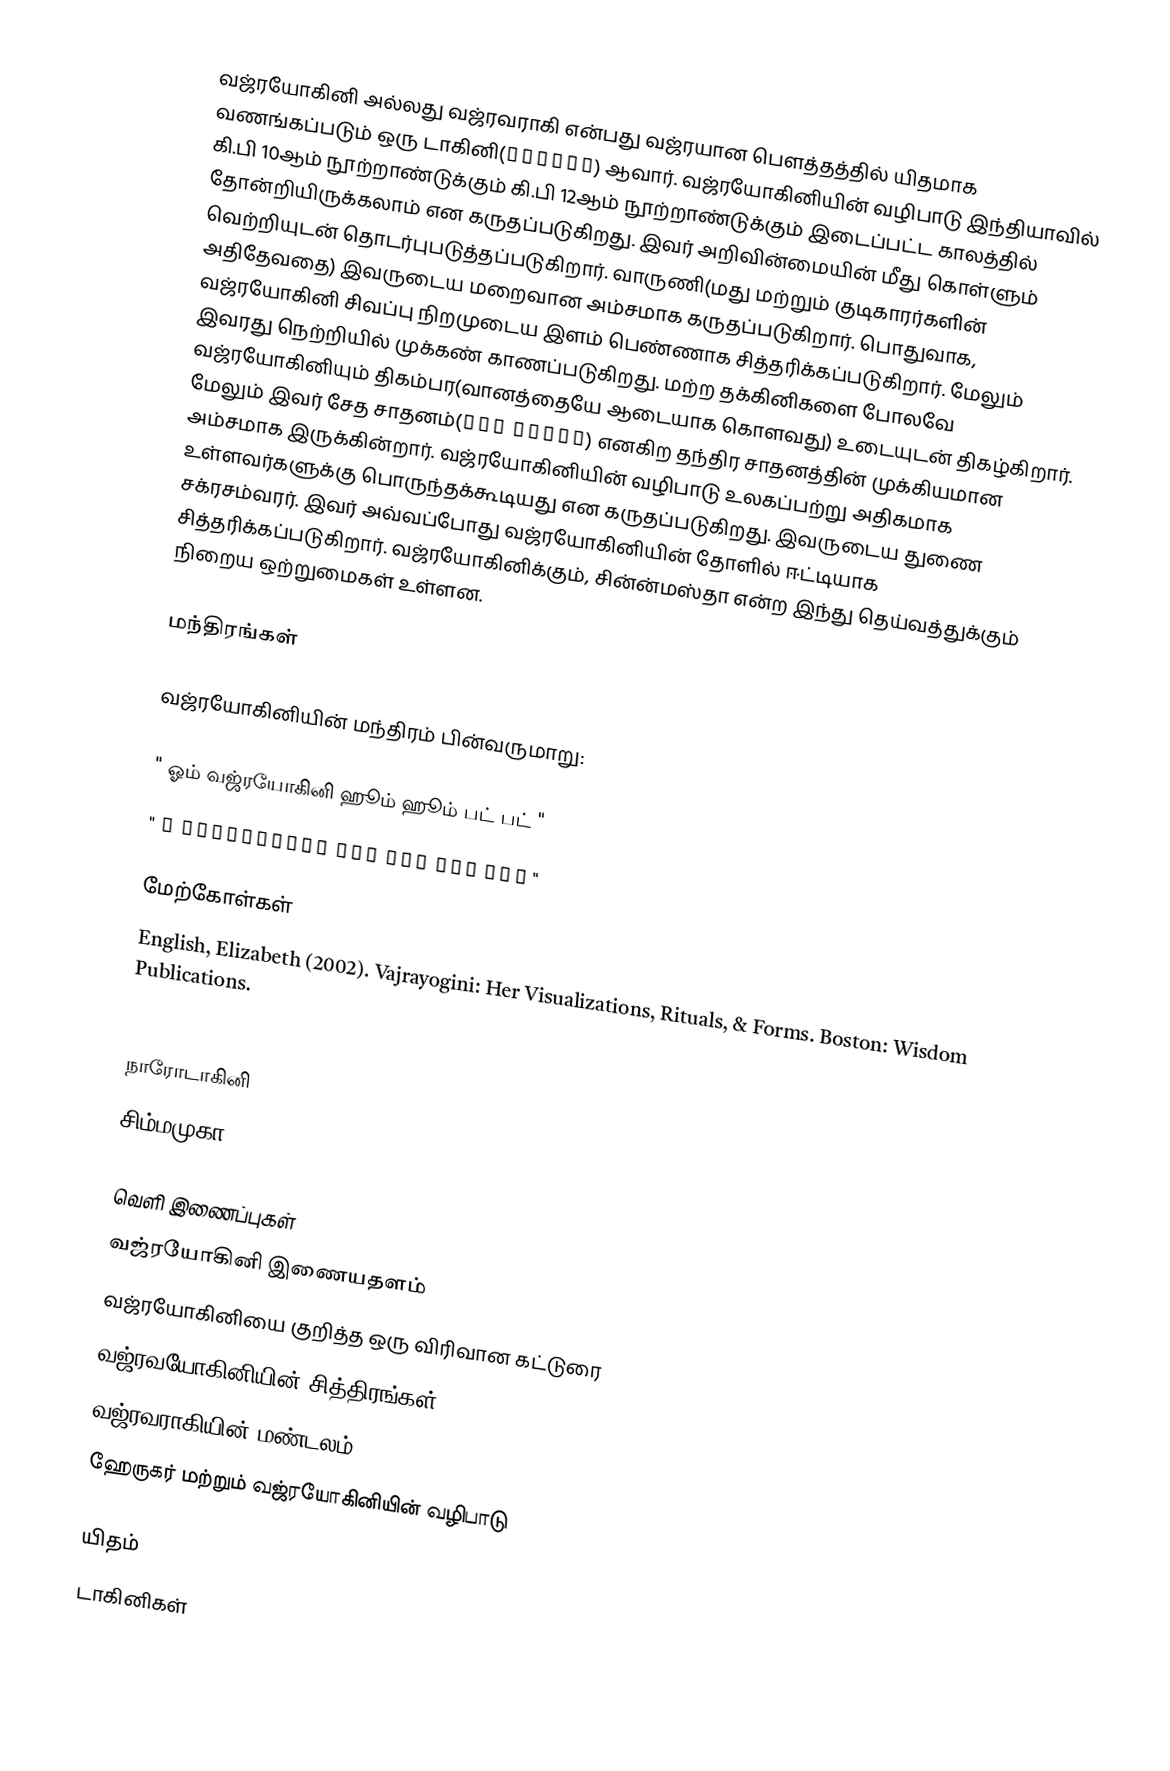
வஜ்ரயோகினி அல்லது வஜ்ரவராகி என்பது வஜ்ரயான பௌத்தத்தில் யிதமாக வணங்கப்படும் ஒரு டாகினி(डाकिनी) ஆவார். வஜ்ரயோகினியின் வழிபாடு இந்தியாவில் கி.பி 10ஆம் நூற்றாண்டுக்கும் கி.பி 12ஆம் நூற்றாண்டுக்கும் இடைப்பட்ட காலத்தில் தோன்றியிருக்கலாம் என கருதப்படுகிறது. இவர் அறிவின்மையின் மீது கொள்ளும் வெற்றியுடன் தொடர்புபடுத்தப்படுகிறார். வாருணி(மது மற்றும் குடிகாரர்களின் அதிதேவதை) இவருடைய மறைவான அம்சமாக கருதப்படுகிறார். பொதுவாக, வஜ்ரயோகினி சிவப்பு நிறமுடைய இளம் பெண்ணாக சித்தரிக்கப்படுகிறார். மேலும் இவரது நெற்றியில் முக்கண் காணப்படுகிறது. மற்ற தக்கினிகளை போலவே வஜ்ரயோகினியும் திகம்பர(வானத்தையே ஆடையாக கொளவது) உடையுடன் திகழ்கிறார்.  மேலும் இவர் சேத சாதனம்(छेद साधनं) எனகிற தந்திர சாதனத்தின் முக்கியமான அம்சமாக இருக்கின்றார். வஜ்ரயோகினியின் வழிபாடு உலகப்பற்று அதிகமாக உள்ளவர்களுக்கு பொருந்தக்கூடியது என கருதப்படுகிறது. இவருடைய துணை சக்ரசம்வரர். இவர் அவ்வப்போது வஜ்ரயோகினியின் தோளில் ஈட்டியாக சித்தரிக்கப்படுகிறார். வஜ்ரயோகினிக்கும், சின்ன்மஸ்தா என்ற இந்து தெய்வத்துக்கும் நிறைய ஒற்றுமைகள் உள்ளன.

மந்திரங்கள்

வஜ்ரயோகினியின் மந்திரம் பின்வருமாறு:

" ஓம் வஜ்ரயோகினி ஹூம் ஹூம் பட் பட் "
" ॐ वज्रयोगिनि हूँ हूँ फट् फट् "

மேற்கோள்கள்
English, Elizabeth (2002). Vajrayogini: Her Visualizations, Rituals, & Forms. Boston: Wisdom Publications.

See also
நாரோடாகினி
சிம்மமுகா

வெளி இணைப்புகள்
வஜ்ரயோகினி இணையதளம்
வஜ்ரயோகினியை குறித்த ஒரு விரிவான கட்டுரை
வஜ்ரவயோகினியின் சித்திரங்கள்
வஜ்ரவராகியின் மண்டலம்
 ஹேருகர் மற்றும் வஜ்ரயோகினியின் வழிபாடு

யிதம்
டாகினிகள்